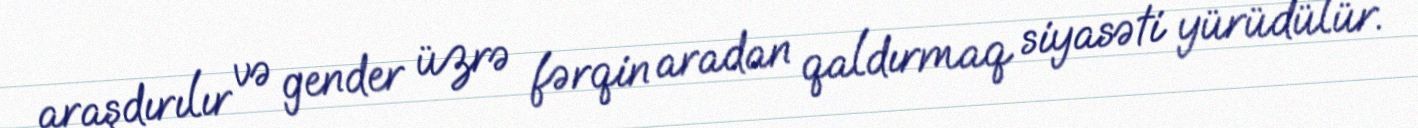
araşdırılır və gender üzrə fərqin aradan qaldırmaq siyasəti yürüdülür.